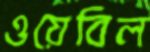
ওয়েবিল